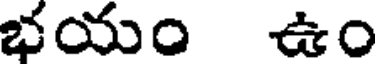
భయం ఉం